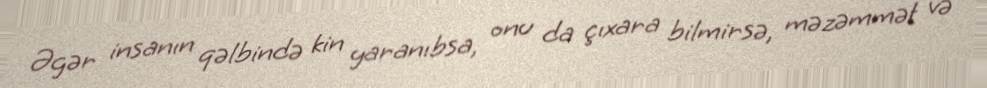
Əgər insanın qəlbində kin yaranıbsa, onu da çıxara bilmirsə, məzəmmət və